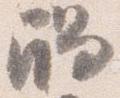
触